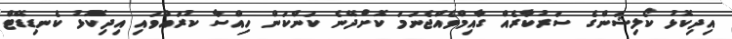
އިދިކޮޅު ކޯލިޝަންގެ ސަރުކާރެއް ގާއިމްވެއްޖެނަމަ ކޮށްދޭނެ ކަންކަން ހިއްސާ ކުރައްވައި އިދިކޮޅު ކެނޑިޑޭޓް